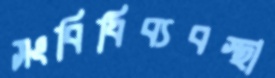
সংবিধিব্যবস্থা